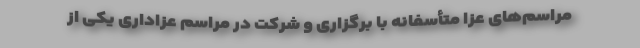
مراسم‌های عزا متأسفانه با برگزاری و شرکت در مراسم عزاداری یکی از